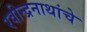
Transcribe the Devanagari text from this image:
रवीन्द्रनाथांचे